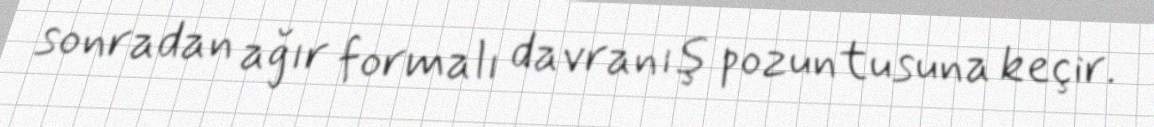
sonradan ağır formalı davranış pozuntusuna keçir.